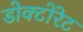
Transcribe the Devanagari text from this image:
डोक्टोरेट